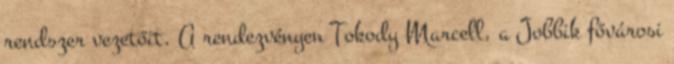
rendszer vezetőit. A rendezvényen Tokody Marcell, a Jobbik fővárosi